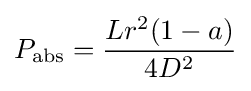
P_{\rm {abs}}={\frac {Lr^{2}(1-a)}{4D^{2}}}